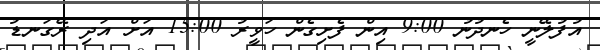
އުފުލޭނީ ހެނދުނު 9:00 އިން ފެށިގެން ހަވީރު 15:00 އަށް އަދި ރޭގަނޑު